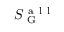
S _ { \mathrm { ~ G ~ } } ^ { \mathrm { ~ a ~ l ~ l ~ } }